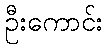
ဦးကောင်း